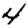
Digit: 4